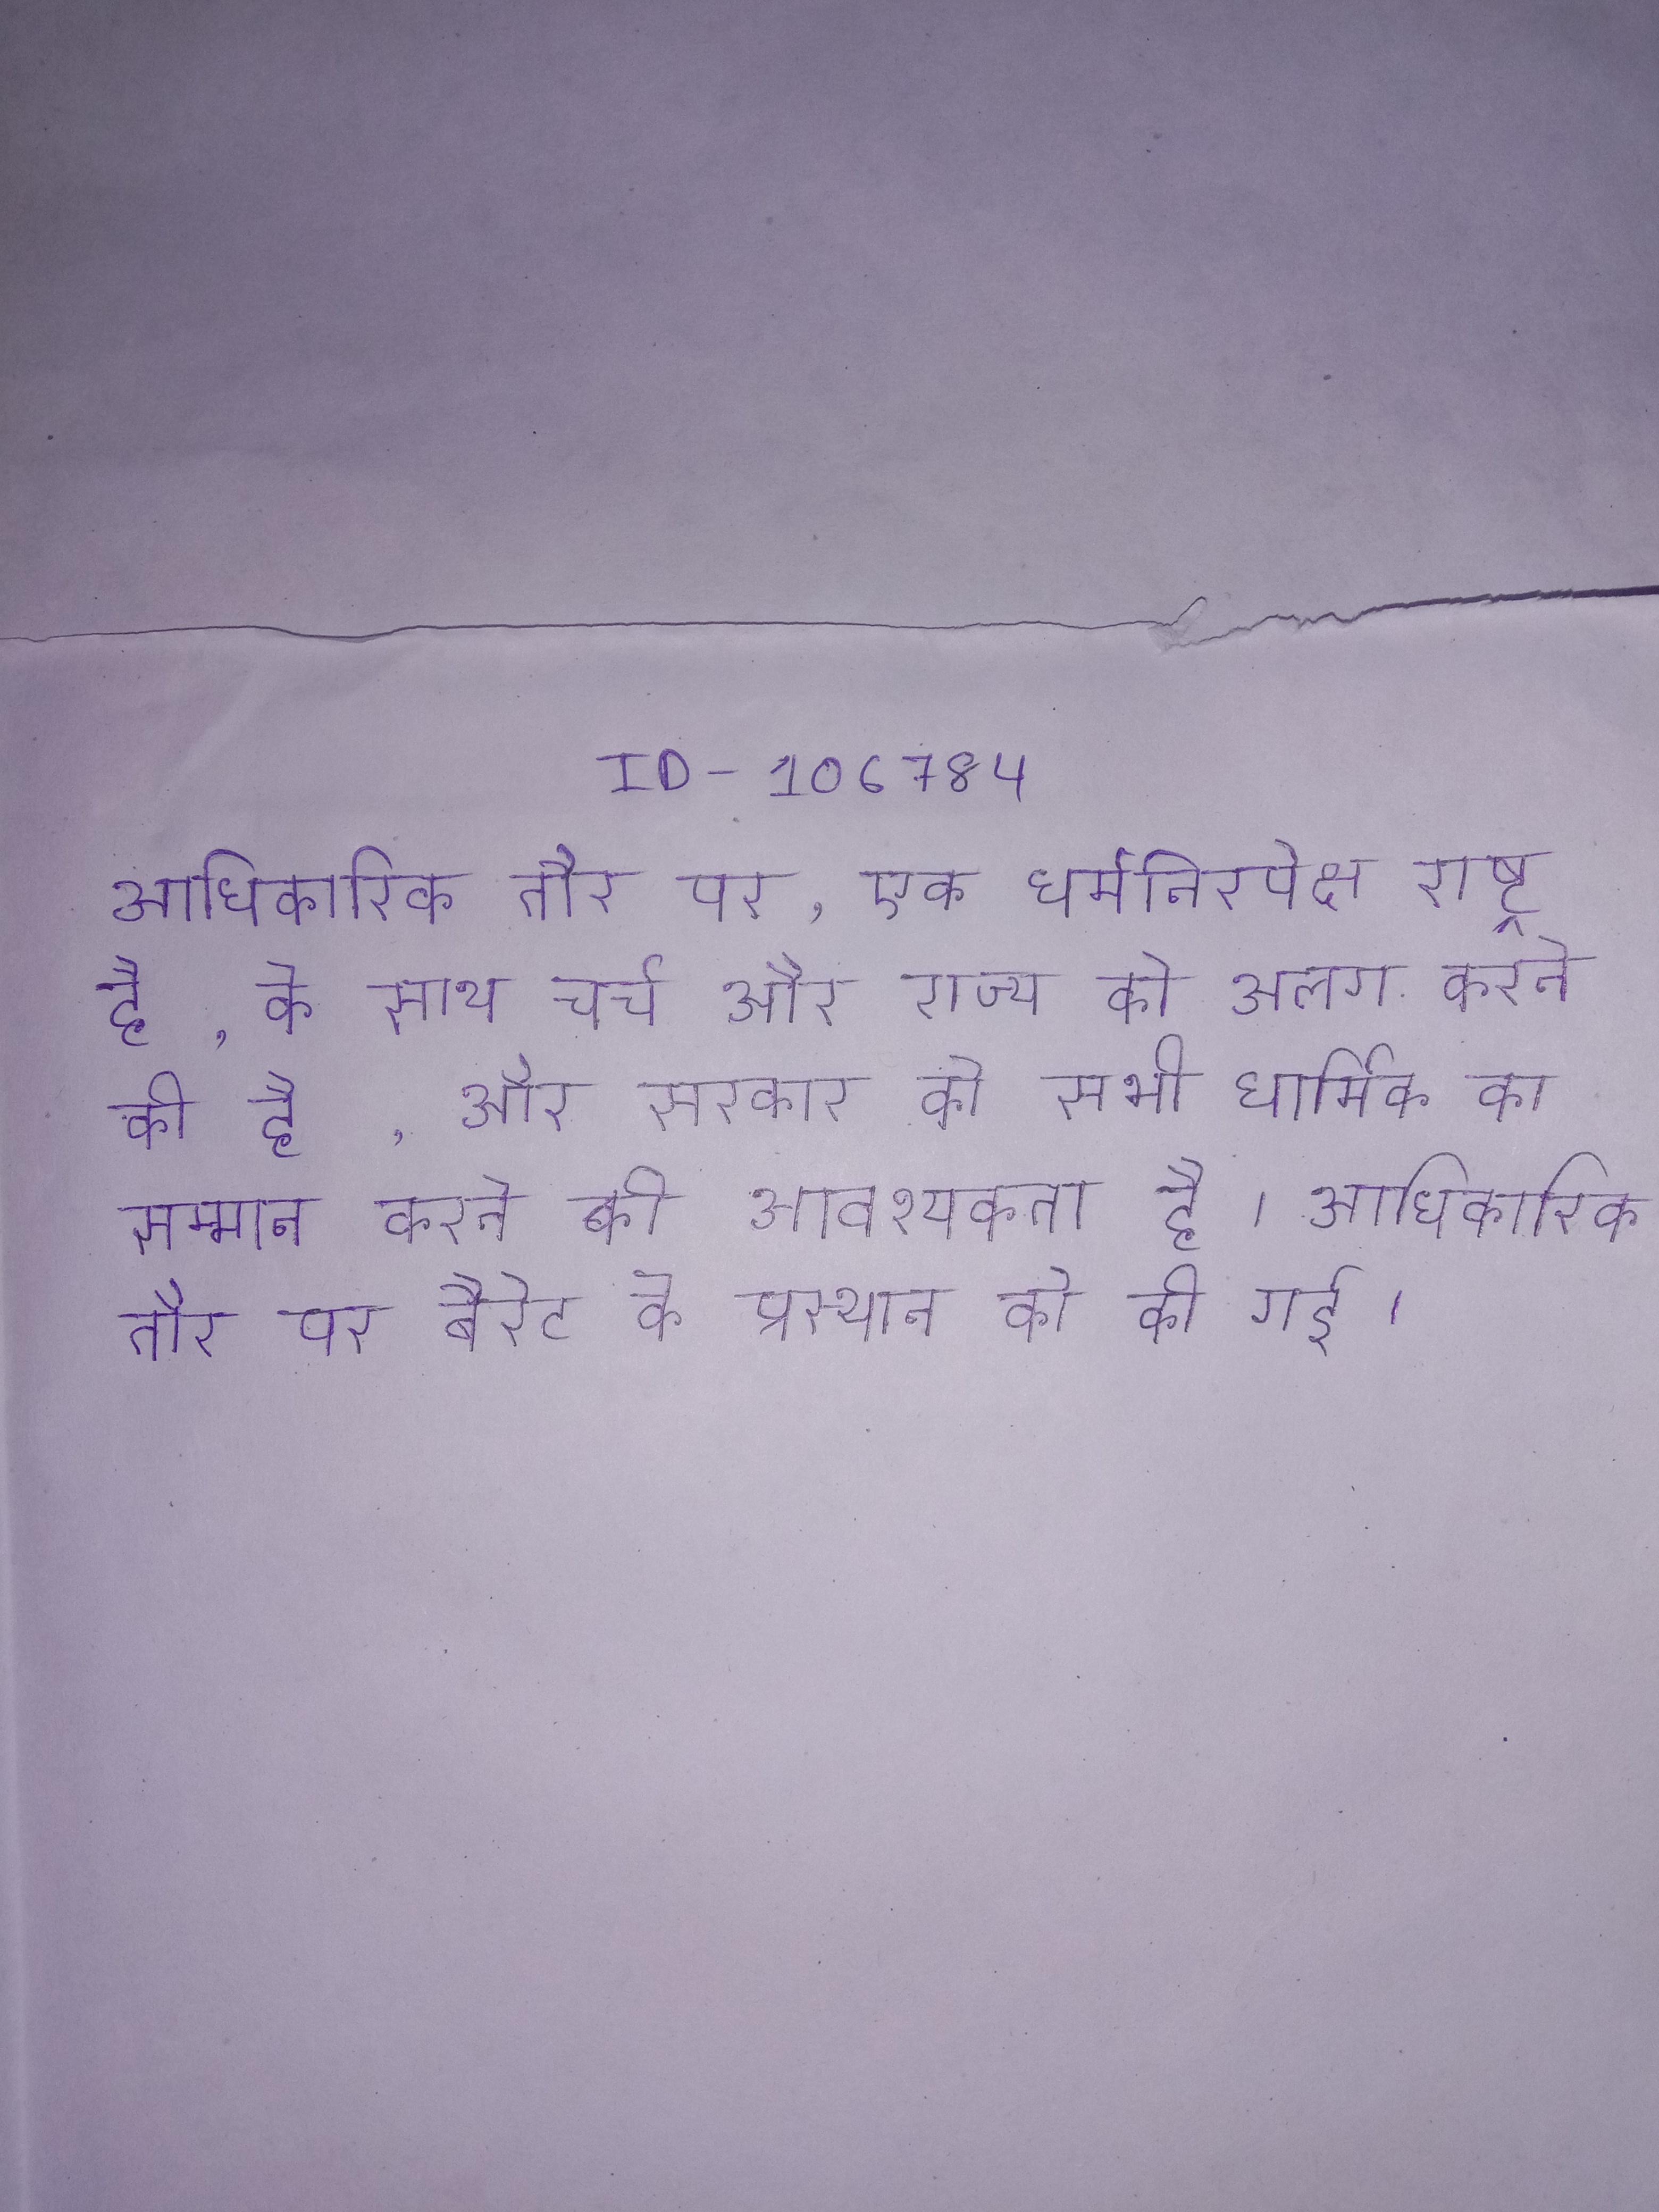
आधिकारिक तौर पर, एक धर्मनिरपेक्ष राष्ट्र है, के साथ चर्च और राज्य को अलग करने की है, और सरकार को सभी धार्मिक का सम्मान करने की आवश्यकता है । आधिकारिक तौर पर बैरेट के प्रस्थान की घोषणा अप्रैल को की गई ।